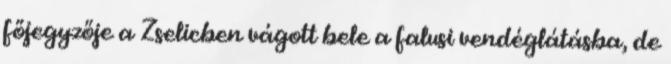
főjegyzője a Zselicben vágott bele a falusi vendéglátásba, de